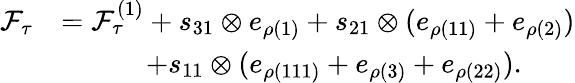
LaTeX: \begin{array}{rl}{\mathcal{F}_{\tau}}&{=\mathcal{F}_{\tau}^{(1)}+s_{31}\otimes e_{\rho({1})}+s_{21}\otimes(e_{\rho({11})}+e_{\rho({2})})}\\ &{\qquad\quad+s_{11}\otimes(e_{\rho({111})}+e_{\rho({3})}+e_{\rho({22})}).}\end{array}